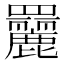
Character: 𦌿